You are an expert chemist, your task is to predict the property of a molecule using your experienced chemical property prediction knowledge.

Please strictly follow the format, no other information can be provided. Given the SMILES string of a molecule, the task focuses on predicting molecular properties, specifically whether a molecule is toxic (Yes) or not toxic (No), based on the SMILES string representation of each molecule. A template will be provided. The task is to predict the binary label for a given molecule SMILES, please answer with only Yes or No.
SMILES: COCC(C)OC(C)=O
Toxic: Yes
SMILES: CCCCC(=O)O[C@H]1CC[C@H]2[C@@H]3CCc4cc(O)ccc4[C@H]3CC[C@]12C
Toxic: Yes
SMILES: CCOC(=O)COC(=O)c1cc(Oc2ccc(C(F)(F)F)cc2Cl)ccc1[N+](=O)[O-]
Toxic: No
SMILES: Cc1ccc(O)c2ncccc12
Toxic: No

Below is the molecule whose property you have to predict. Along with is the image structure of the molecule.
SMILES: CC(C)CC(N(C)C)C1(c2ccc(Cl)cc2)CCC1
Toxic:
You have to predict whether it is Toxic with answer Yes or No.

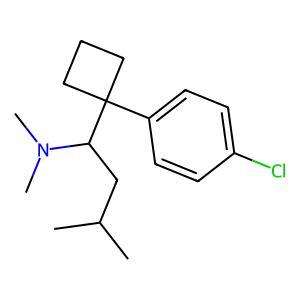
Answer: No